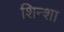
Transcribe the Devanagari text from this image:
शिन्शा